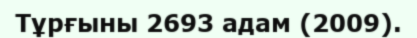
Тұрғыны 2693 адам (2009).